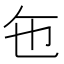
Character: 㐌